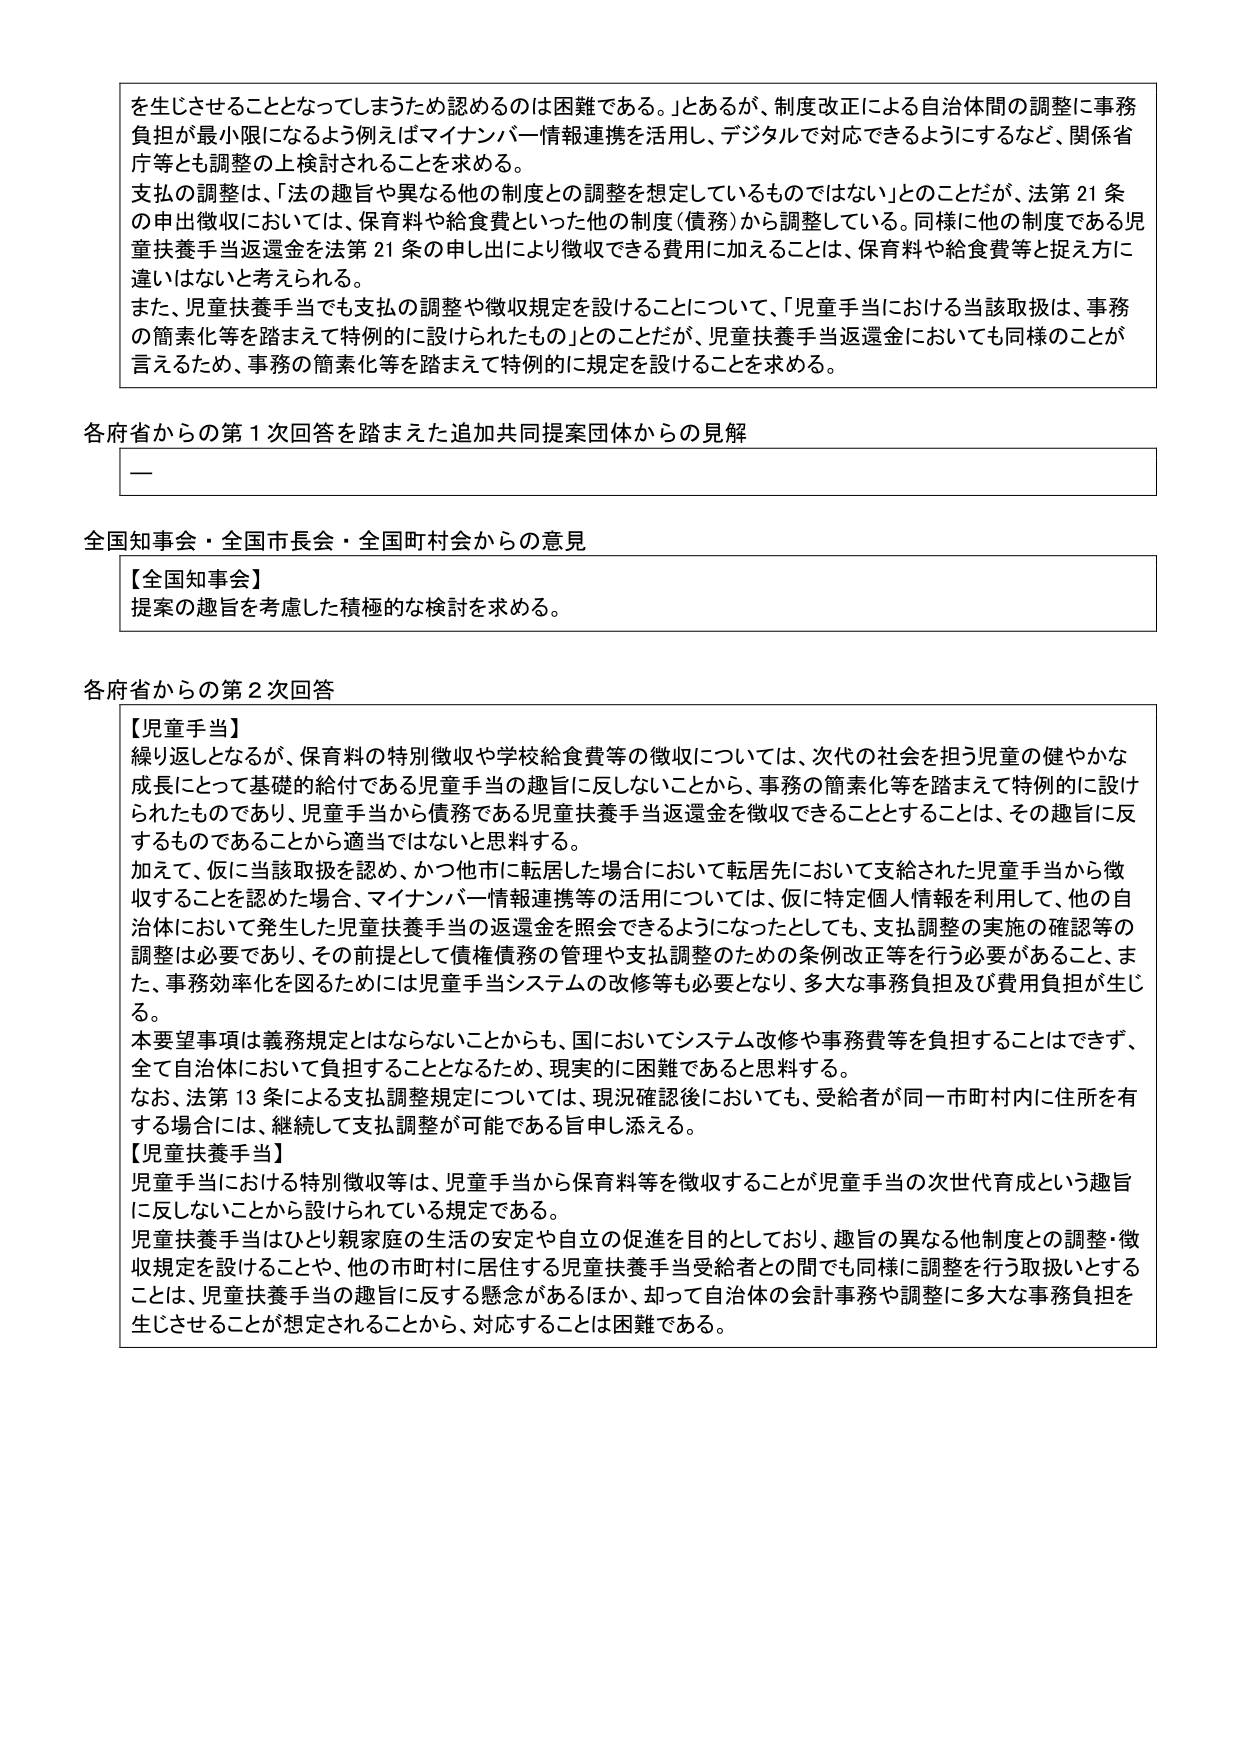
を生じさせることとなってしまうため認めるのは困難である。」とあるが、制度改正による自治体間の調整に事務負担が最小限になるよう例えばマイナンバー情報連携を活用し、デジタルで対応できるようにするなど、関係省庁等とも調整の上検討されることを求める。
支払の調整は、「法の趣旨や異なる他の制度との調整を想定しているものではない」とのことだが、法第21条の申出徴収においては、保育料や給食費といった他の制度（債務）から調整している。同様に他の制度である児童扶養手当返還金を法第21条の申し出により徴収できる費用に加えることは、保育料や給食費等と捉え方に違いはないと考えられる。
また、児童扶養手当でも支払の調整や徴収規定を設けることについて、「児童手当における当該取扱は、事務の簡素化等を踏まえて特例的に設けられたもの」とのことだが、児童扶養手当返還金においても同様のことが言えるため、事務の簡素化等を踏まえて特例的に規定を設けることを求める。

各府省からの第1次回答を踏まえた追加共同提案団体からの見解
—

全国知事会・全国市長会・全国町村会からの意見
【全国知事会】
提案の趣旨を考慮した積極的な検討を求める。

各府省からの第2次回答
【児童手当】
繰り返しとなるが、保育料の特別徴収や学校給食費等の徴収については、次代の社会を担う児童の健やかな成長にとって基礎的給付である児童手当の趣旨に反しないことから、事務の簡素化等を踏まえて特例的に設けられたものであり、児童手当から債務である児童扶養手当返還金を徴収できることとすることは、その趣旨に反するものであることから適当ではないと思料する。
加えて、仮に当該取扱を認め、かつ他市に転居した場合において転居先において支給された児童手当から徴収することを認めた場合、マイナンバー情報連携等の活用については、仮に特定個人情報を利用して、他の自治体において発生した児童扶養手当の返還金を照会できるようになったとしても、支払調整の実施の確認等の調整は必要であり、その前提として債権債務の管理や支払調整のための条例改正等を行う必要があること、また、事務効率化を図るためには児童手当システムの改修等も必要となり、多大な事務負担及び費用負担が生じる。
本要望事項は義務規定とはならないことからも、国においてシステム改修や事務費等を負担することはできず、全て自治体において負担することとなるため、現実的に困難であると思料する。
なお、法第13条による支払調整規定については、現況確認後においても、受給者が同一市町村内に住所を有する場合には、継続して支払調整が可能である旨申し添える。
【児童扶養手当】
児童手当における特別徴収等は、児童手当から保育料等を徴収することが児童手当の次世代育成という趣旨に反しないことから設けられている規定である。
児童扶養手当はひとり親家庭の生活の安定や自立の促進を目的としており、趣旨の異なる他制度との調整・徴収規定を設けることや、他の市町村に居住する児童扶養手当受給者との間でも同様に調整を行う取扱いとすることは、児童扶養手当の趣旨に反する懸念があるほか、却って自治体の会計事務や調整に多大な事務負担を生じさせることが想定されることから、対応することは困難である。